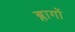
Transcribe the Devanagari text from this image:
ब्लागों